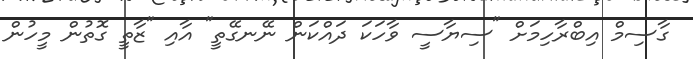
ގާސިމް އިބްރާހިމަށް "ސިޔާސީ ވާހަކަ ދައްކަން ނޭނގޭތީ" އާއި "ޒާތީ ގޮތުން މީހުން